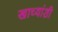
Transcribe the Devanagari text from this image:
खाच्यांशी